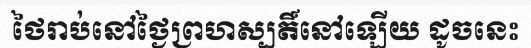
ថៃរាប់នៅថ្ងៃព្រហស្បតិ៍នៅឡើយ ដូចនេះ